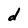
Character: d